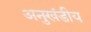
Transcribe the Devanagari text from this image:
अनुखंडीय